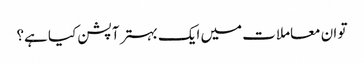
تو ان معاملات میں ایک بہتر آپشن کیا ہے؟